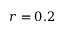
r = 0 . 2